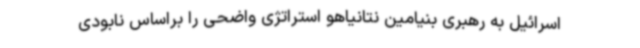
اسرائیل به رهبری بنیامین نتانیاهو استراتژی واضحی را براساس نابودی